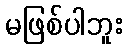
မဖြစ်ပါဘူး